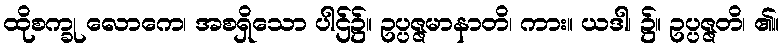
ထိုစက္ခု လောကေ၊ အစရှိသော ပါဌ်၌။ ဥပ္ပဇ္ဇမာနာတိ၊ ကား။ ယဒါ၊ ၌။ ဥပ္ပဇ္ဇတိ၊ ၏။